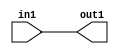
`timescale 1ps / 1ps

// Generated by Cadence Genus(TM) Synthesis Solution 17.11-s014_1
// Generated on: Apr 17 2022 22:17:37 CST (Apr 17 2022 14:17:37 UTC)

module dut_Add_3U_7_4(in1, out1);
  input [2:0] in1;
  output [2:0] out1;
  wire [2:0] in1;
  wire [2:0] out1;
  assign out1[0] = in1[0];
  assign out1[1] = in1[1];
  assign out1[2] = in1[2];
endmodule